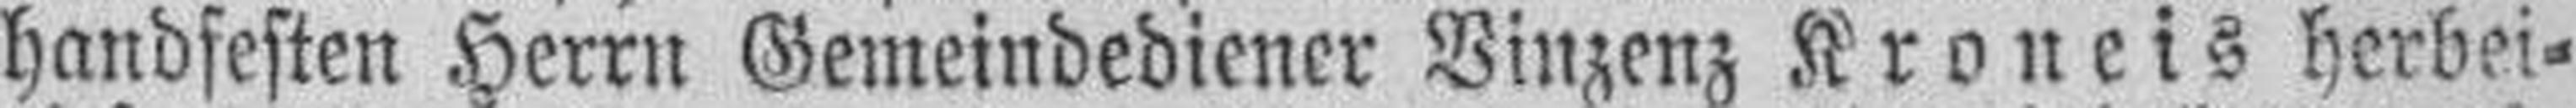
handfesten Herrn Gemeindediener Vinzenz Kroneis herbei¬